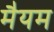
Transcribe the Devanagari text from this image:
मैयम